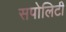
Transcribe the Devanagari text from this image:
सपोलिटी